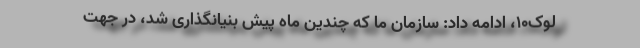
لوک10، ادامه داد: سازمان ما که چندین ماه پیش بنیانگذاری شد، در جهت